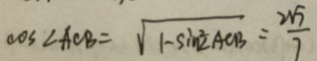
\cos \angle A C B = \sqrt { 1 - \sin ^ { 2 } \angle A C B } = \frac { 2 \sqrt { 7 } } { 7 }